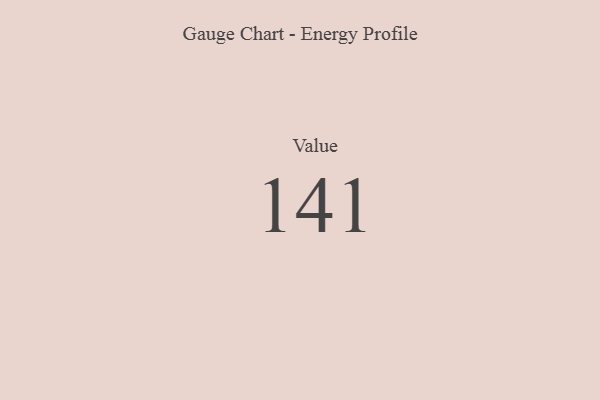
{"axis": {"x": "Metric", "y": "Value"}, "legend": [""], "data": [{"x": "Value", "y": 141, "type": ""}]}